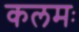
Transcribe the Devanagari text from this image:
कलमः